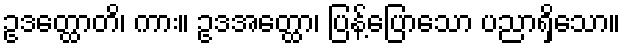
ဥဒတ္ထောတိ၊ ကား။ ဥဒအတ္ထော၊ ပြန့်ပြောသော ပညာရှိသော။